Sanitation, dispensaries and jails vaccination Rajputana 1922-1927 - 1922-1927
Year: 1922
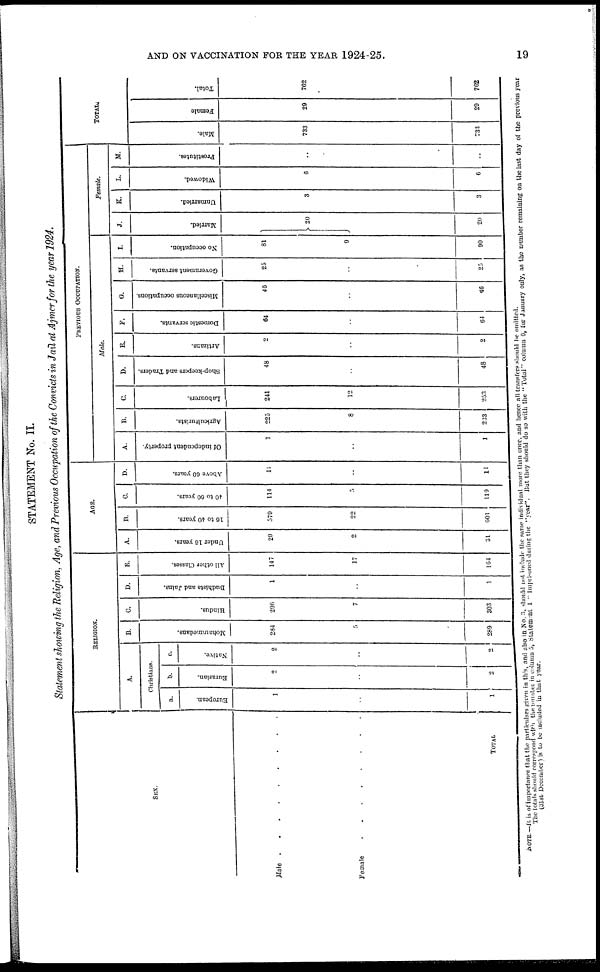
AND ON VACCINATION FOR THE YEAR 1924-25.
19
STATEMENT No. II.
Statement showing the Religion, Age, and Previous Occupation of the Convicts in Jail at Ajmer for the year 1924.
SEX.
Male ..........
Female
TOTAL
RELIGION.
A.
Christians.
a.
European.
1
..
1
b.
Eurasian.
2
..
2
c.
Native.
2
..
2
B.
Mohammedans.
284
5
289
C.
Hindus.
296
7
303
D.
Dudhists and Jains.
1
..
1
E.
All other Classes.
147
17
164
AGE.
A.
Under 10 years.
29
2
31
B.
16 to 40 years.
379
22
601
C.
40 to 60 years.
114
5
119
D.
Above 60 years.
11
..
11
PREVIOUS OCCUPATION.
Male.
A.
Of independent property.
1
..
1
B.
Agriculturists.
225
8
233
C.
Labourers.
241
12
253
D.
Shop-keepers and Traders.
48
..
48
E.
Artizans.
2
..
2
F.
Domestic servants.
64
..
64
G.
Miscellaneous occupations.
46
..
46
H.
Government servants.
25
..
25
I.
No occupation.
81
9
90
Female.
J.
Married.
20
20
K.
Unmarried.
3
3
L.
Widowed.
6
6
M.
Prostitutes.
..
..
TOTAL.
Male.
733
733
Female
29
29
Total.
762
762
NOTE.— It is of importance that the particulars given in this, and also in No. 3, should not include the same individual more than once, and hence all transfers should be omitted.
The totals should correspond with the number in column 5, Statement 1 " imprisoned during the "year". But they should do so with the " Total" column 6, fur January only, as the number remaining on the last day of the previous year
(31st December ) is to be included in that year.